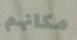
مكانهم